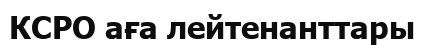
КСРО аға лейтенанттары